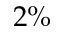
2 \%